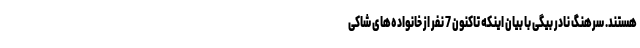
هستند. سرهنگ نادر بیگی با بیان اینکه تاکنون 7 نفر از خانواده‌های شاکی